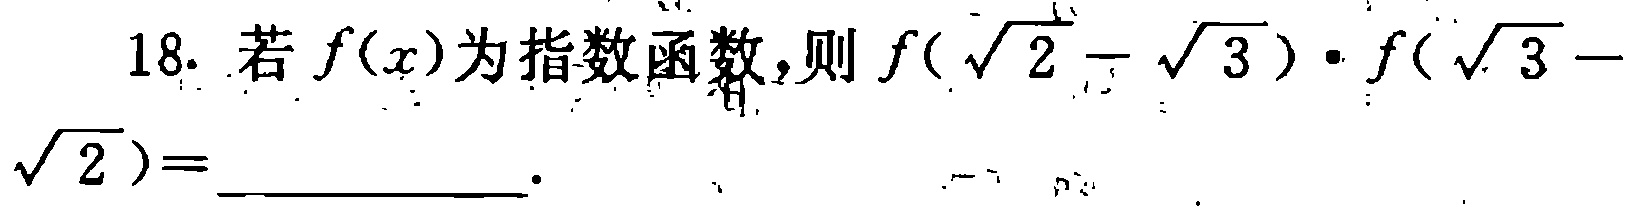
18. 若\(f(x)\)为指数函数，则\(f(\sqrt{2}-\sqrt{3})\cdot f(\sqrt{3}-\sqrt{2})=\underline{\quad\quad}\)